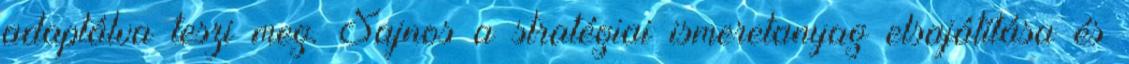
adaptálva teszi meg. Sajnos a stratégiai ismeretanyag elsajátítása és